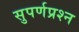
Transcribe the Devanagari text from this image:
सुपर्णप्रश्न